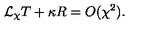
{ \cal L } _ { \chi } T + \kappa R = O ( \chi ^ { 2 } ) .